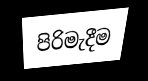
පිරිමැදීම